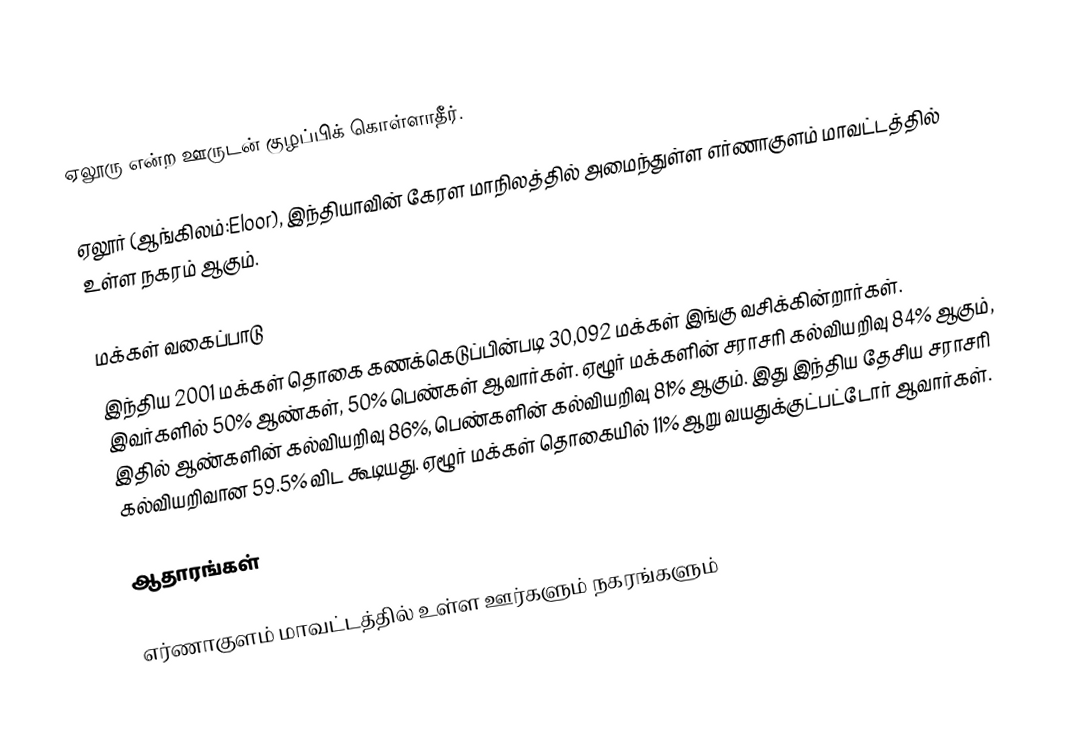
ஏலூரு என்ற ஊருடன் குழப்பிக் கொள்ளாதீர்.

ஏலூர் (ஆங்கிலம்:Eloor), இந்தியாவின் கேரள மாநிலத்தில் அமைந்துள்ள எர்ணாகுளம் மாவட்டத்தில் உள்ள நகரம் ஆகும்.

மக்கள் வகைப்பாடு
இந்திய 2001 மக்கள் தொகை கணக்கெடுப்பின்படி 30,092 மக்கள் இங்கு வசிக்கின்றார்கள். இவர்களில் 50% ஆண்கள், 50% பெண்கள் ஆவார்கள். ஏழூர் மக்களின் சராசரி கல்வியறிவு 84% ஆகும்,  இதில் ஆண்களின் கல்வியறிவு 86%,  பெண்களின் கல்வியறிவு 81% ஆகும். இது இந்திய தேசிய சராசரி கல்வியறிவான 59.5% விட கூடியது. ஏழூர் மக்கள் தொகையில் 11%  ஆறு வயதுக்குட்பட்டோர் ஆவார்கள்.

ஆதாரங்கள்

எர்ணாகுளம் மாவட்டத்தில் உள்ள ஊர்களும் நகரங்களும்